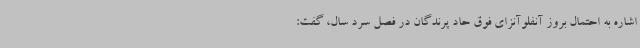
اشاره به احتمال بروز آنفلوآنزای فوق حاد پرندگان در فصل سرد سال، گفت: